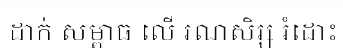
ដាក់ សម្ពាធ លើ រណសិរ្ស រំដោះ